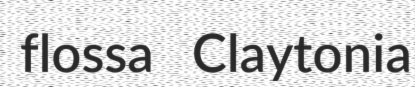
flossa Claytonia